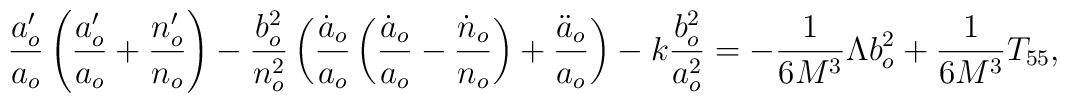
\frac{a'_o}{a_o}\left( \frac{a'_o}{a_o}+\frac{n'_o}{n_o}\right)-\frac{b^2_o}{n^2_o}\left(\frac{\dot a_o}{a_o} \left( \frac{\dot a_o}{a_o}-\frac{\dot n_o}{n_o}\right)+\frac{\ddot a_o}{a_o}\right)-k\frac{b^2_o}{a^2_o} =-\frac{1}{6M^3}\Lambda b^2_o + \frac{1}{6M^3}T_{55},